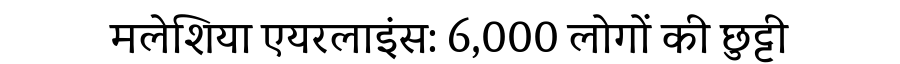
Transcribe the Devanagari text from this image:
मलेशिया एयरलाइंस: 6,000 लोगों की छुट्टी